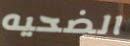
الضحيه